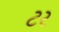
ટર